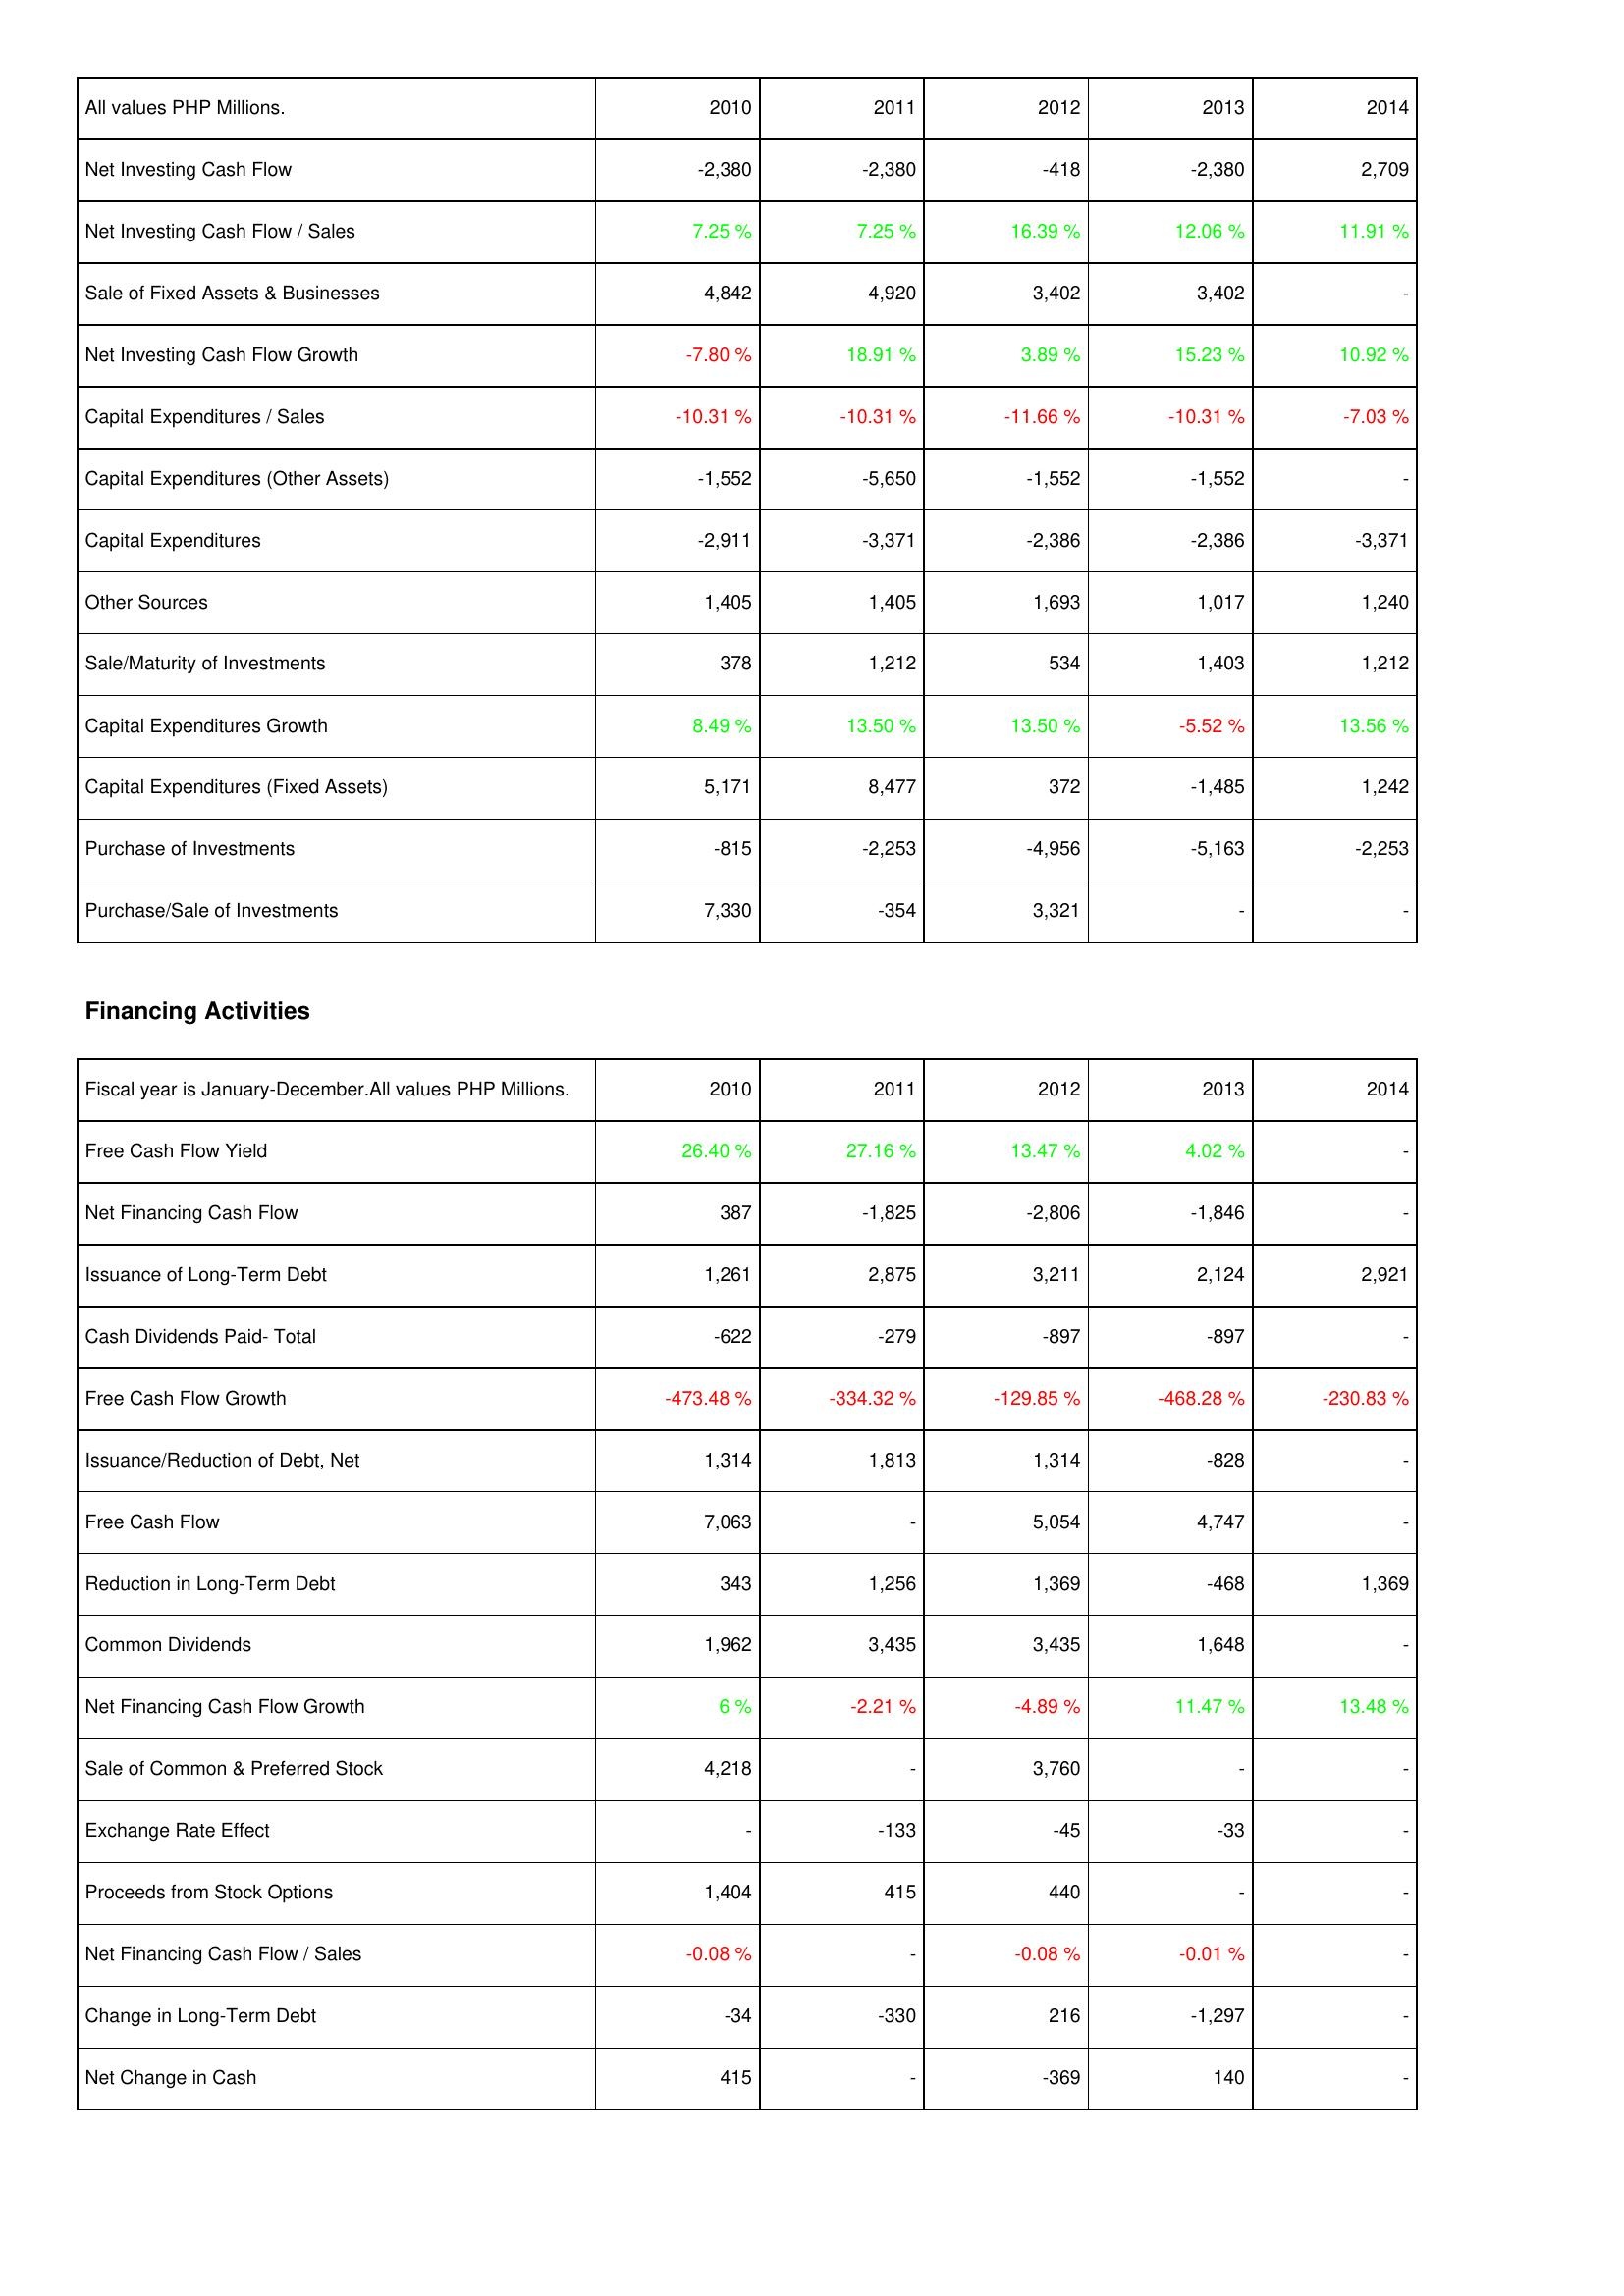
2010: Investing Activities: Net Investing Cash Flow: -2,380
Net Investing Cash Flow / Sales: 7.25 %
Sale of Fixed Assets & Businesses: 4,842
Net Investing Cash Flow Growth: -7.80 %
Capital Expenditures / Sales: -10.31 %
Capital Expenditures (Other Assets): -1,552
Capital Expenditures: -2,911
Other Sources: 1,405
Sale/Maturity of Investments: 378
Capital Expenditures Growth: 8.49 %
Capital Expenditures (Fixed Assets): 5,171
Purchase of Investments: -815
Purchase/Sale of Investments: 7,330
Financing Activities: Free Cash Flow Yield: 26.40 %
Net Financing Cash Flow: 387
Issuance of Long-Term Debt: 1,261
Cash Dividends Paid- Total: -622
Free Cash Flow Growth: -473.48 %
Issuance/Reduction of Debt, Net: 1,314
Free Cash Flow: 7,063
Reduction in Long-Term Debt: 343
Common Dividends: 1,962
Net Financing Cash Flow Growth: 6 %
Sale of Common & Preferred Stock: 4,218
Exchange Rate Effect: -
Proceeds from Stock Options: 1,404
Net Financing Cash Flow / Sales: -0.08 %
Change in Long-Term Debt: -34
Net Change in Cash: 415
2011: Investing Activities: Net Investing Cash Flow: -2,380
Net Investing Cash Flow / Sales: 7.25 %
Sale of Fixed Assets & Businesses: 4,920
Net Investing Cash Flow Growth: 18.91 %
Capital Expenditures / Sales: -10.31 %
Capital Expenditures (Other Assets): -5,650
Capital Expenditures: -3,371
Other Sources: 1,405
Sale/Maturity of Investments: 1,212
Capital Expenditures Growth: 13.50 %
Capital Expenditures (Fixed Assets): 8,477
Purchase of Investments: -2,253
Purchase/Sale of Investments: -354
Financing Activities: Free Cash Flow Yield: 27.16 %
Net Financing Cash Flow: -1,825
Issuance of Long-Term Debt: 2,875
Cash Dividends Paid- Total: -279
Free Cash Flow Growth: -334.32 %
Issuance/Reduction of Debt, Net: 1,813
Free Cash Flow: -
Reduction in Long-Term Debt: 1,256
Common Dividends: 3,435
Net Financing Cash Flow Growth: -2.21 %
Sale of Common & Preferred Stock: -
Exchange Rate Effect: -133
Proceeds from Stock Options: 415
Net Financing Cash Flow / Sales: -
Change in Long-Term Debt: -330
Net Change in Cash: -
2012: Investing Activities: Net Investing Cash Flow: -418
Net Investing Cash Flow / Sales: 16.39 %
Sale of Fixed Assets & Businesses: 3,402
Net Investing Cash Flow Growth: 3.89 %
Capital Expenditures / Sales: -11.66 %
Capital Expenditures (Other Assets): -1,552
Capital Expenditures: -2,386
Other Sources: 1,693
Sale/Maturity of Investments: 534
Capital Expenditures Growth: 13.50 %
Capital Expenditures (Fixed Assets): 372
Purchase of Investments: -4,956
Purchase/Sale of Investments: 3,321
Financing Activities: Free Cash Flow Yield: 13.47 %
Net Financing Cash Flow: -2,806
Issuance of Long-Term Debt: 3,211
Cash Dividends Paid- Total: -897
Free Cash Flow Growth: -129.85 %
Issuance/Reduction of Debt, Net: 1,314
Free Cash Flow: 5,054
Reduction in Long-Term Debt: 1,369
Common Dividends: 3,435
Net Financing Cash Flow Growth: -4.89 %
Sale of Common & Preferred Stock: 3,760
Exchange Rate Effect: -45
Proceeds from Stock Options: 440
Net Financing Cash Flow / Sales: -0.08 %
Change in Long-Term Debt: 216
Net Change in Cash: -369
2013: Investing Activities: Net Investing Cash Flow: -2,380
Net Investing Cash Flow / Sales: 12.06 %
Sale of Fixed Assets & Businesses: 3,402
Net Investing Cash Flow Growth: 15.23 %
Capital Expenditures / Sales: -10.31 %
Capital Expenditures (Other Assets): -1,552
Capital Expenditures: -2,386
Other Sources: 1,017
Sale/Maturity of Investments: 1,403
Capital Expenditures Growth: -5.52 %
Capital Expenditures (Fixed Assets): -1,485
Purchase of Investments: -5,163
Purchase/Sale of Investments: -
Financing Activities: Free Cash Flow Yield: 4.02 %
Net Financing Cash Flow: -1,846
Issuance of Long-Term Debt: 2,124
Cash Dividends Paid- Total: -897
Free Cash Flow Growth: -468.28 %
Issuance/Reduction of Debt, Net: -828
Free Cash Flow: 4,747
Reduction in Long-Term Debt: -468
Common Dividends: 1,648
Net Financing Cash Flow Growth: 11.47 %
Sale of Common & Preferred Stock: -
Exchange Rate Effect: -33
Proceeds from Stock Options: -
Net Financing Cash Flow / Sales: -0.01 %
Change in Long-Term Debt: -1,297
Net Change in Cash: 140
2014: Investing Activities: Net Investing Cash Flow: 2,709
Net Investing Cash Flow / Sales: 11.91 %
Sale of Fixed Assets & Businesses: -
Net Investing Cash Flow Growth: 10.92 %
Capital Expenditures / Sales: -7.03 %
Capital Expenditures (Other Assets): -
Capital Expenditures: -3,371
Other Sources: 1,240
Sale/Maturity of Investments: 1,212
Capital Expenditures Growth: 13.56 %
Capital Expenditures (Fixed Assets): 1,242
Purchase of Investments: -2,253
Purchase/Sale of Investments: -
Financing Activities: Free Cash Flow Yield: -
Net Financing Cash Flow: -
Issuance of Long-Term Debt: 2,921
Cash Dividends Paid- Total: -
Free Cash Flow Growth: -230.83 %
Issuance/Reduction of Debt, Net: -
Free Cash Flow: -
Reduction in Long-Term Debt: 1,369
Common Dividends: -
Net Financing Cash Flow Growth: 13.48 %
Sale of Common & Preferred Stock: -
Exchange Rate Effect: -
Proceeds from Stock Options: -
Net Financing Cash Flow / Sales: -
Change in Long-Term Debt: -
Net Change in Cash: -